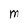
Character: M